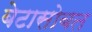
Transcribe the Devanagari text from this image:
बेटासोबत